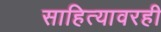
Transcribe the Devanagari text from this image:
साहित्यावरही